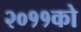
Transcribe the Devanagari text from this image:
२०११को